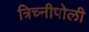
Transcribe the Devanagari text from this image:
त्रिच्नीपोली